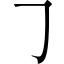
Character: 𠃌